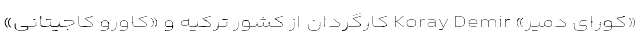
«کورای دمیر» Koray Demir کارگردان از کشور ترکیه و «کاورو کاجیتانی»